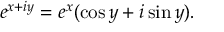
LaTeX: e ^ { x + i y } = e ^ { x } ( \cos y + i \sin y ) .